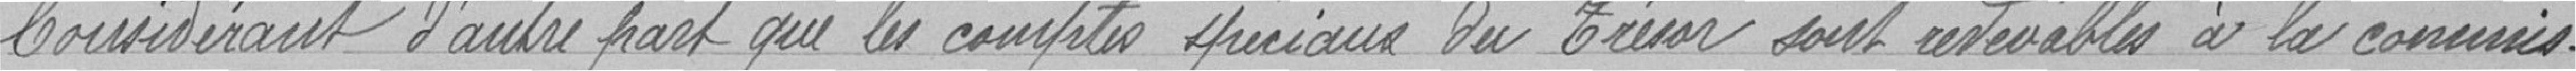
Considérant d'autre part que les comptes spéciaux du Trésor sont redevables à la Commission